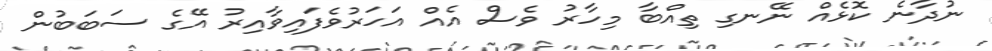
ނުދާނެ ކޮޅެއް ނޭނގި ތިއްބާ މިހާރު ވެސް އެއް އަހަރުވެފައިވާއިރު އޭގެ ސަބަބުން